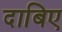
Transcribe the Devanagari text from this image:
दाबिए